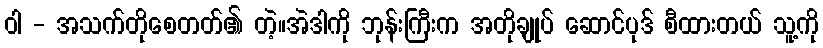
ဝါ - အသက်တိုစေတတ်၏ တဲ့။အဲဒါကို ဘုန်းကြီးက အတိုချုပ် ဆောင်ပုဒ် စီထားတယ် သူ့ကို